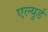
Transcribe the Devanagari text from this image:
एल्युर्ड